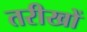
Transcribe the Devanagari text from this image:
तरीखों